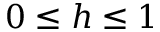
0 \leq h \leq 1